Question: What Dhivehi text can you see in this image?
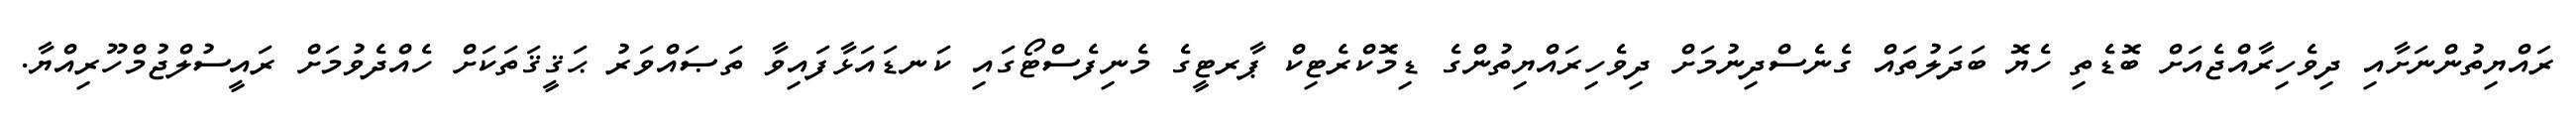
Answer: ރައްޔިތުންނަށާއި ދިވެހިރާއްޖެއަށް ބޮޑެތި ހެޔޮ ބަދަލުތައް ގެނެސްދިނުމަށް ދިވެހިރައްޔިތުންގެ ޑިމޮކްރެޓިކް ޕާރޓީގެ މެނިފެސްޓޯގައި ކަނޑައަޅާފައިވާ ތަޞައްވަރު ޙަޤީޤަތަކަށް ހެއްދެވުމަށް ރައީސުލްޖުމްހޫރިއްޔާ.